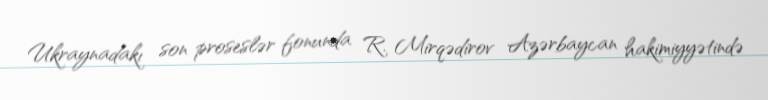
Ukraynadakı son proseslər fonunda R. Mirqədirov Azərbaycan hakimiyyətində